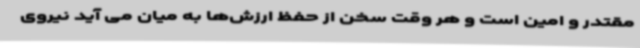
مقتدر و امین است و هر وقت سخن از حفظ ارزش‌ها به میان می آید نیروی